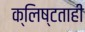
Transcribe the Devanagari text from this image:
क्लिष्टताही